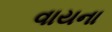
વાયના